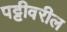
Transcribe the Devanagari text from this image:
पट्टीवरील